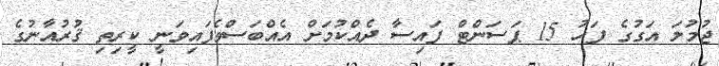
ޖުމުލަ އަގުގެ ފަހު 15 ޕަސަންޓް ފައިސާ ދެއްކުމަށް އެއްބަސްވެފައިވަނީ ކީރިތި ޤުރުއާނުގެ